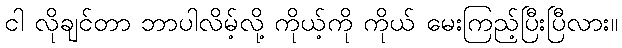
ငါ လိုချင်တာ ဘာပါလိမ့်လို့ ကိုယ့်ကို ကိုယ် မေးကြည့်ပြီးပြီလား။